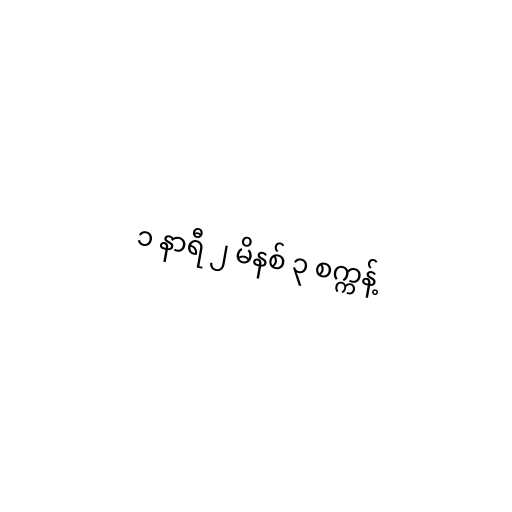
၁ နာရီ ၂ မိနစ် ၃ စက္ကန့်